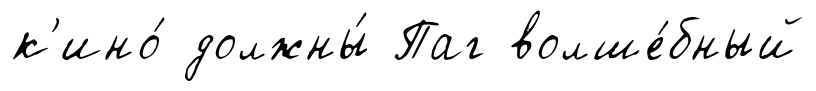
к'ино́ должны́ Паг волше́бный